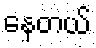
နေတယ်